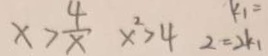
x > \frac { 4 } { x } x ^ { 2 } > 4 2 = 2 k _ { 1 }